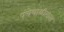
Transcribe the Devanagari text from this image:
पंचेचाळीसावा